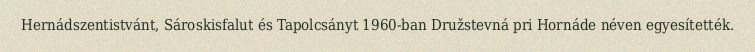
Hernádszentistvánt, Sároskisfalut és Tapolcsányt 1960-ban Družstevná pri Hornáde néven egyesítették.